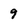
Character: 9